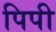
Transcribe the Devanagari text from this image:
पिपी